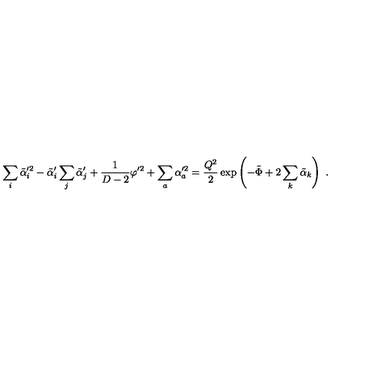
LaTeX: \sum _ { i } \tilde { \alpha } _ { i } ^ { \prime 2 } - \tilde { \alpha } _ { i } ^ { \prime } \sum _ { j } \tilde { \alpha } _ { j } ^ { \prime } + { \frac { 1 } { D - 2 } } \varphi ^ { \prime 2 } + \sum _ { a } \alpha _ { a } ^ { \prime 2 } = { \frac { Q ^ { 2 } } { 2 } } \exp \left( - \tilde { \Phi } + 2 \sum _ { k } \tilde { \alpha } _ { k } \right) \ .